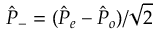
\hat { P } _ { - } = ( \hat { P } _ { e } - \hat { P } _ { o } ) / \sqrt { 2 }